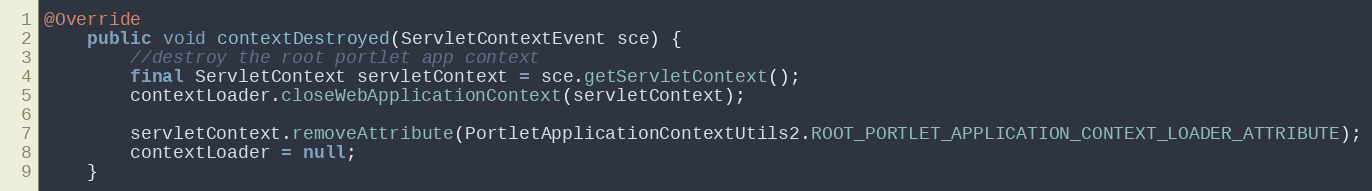
Language: Java
@Override
    public void contextDestroyed(ServletContextEvent sce) {
        //destroy the root portlet app context
        final ServletContext servletContext = sce.getServletContext();
        contextLoader.closeWebApplicationContext(servletContext);

        servletContext.removeAttribute(PortletApplicationContextUtils2.ROOT_PORTLET_APPLICATION_CONTEXT_LOADER_ATTRIBUTE);
        contextLoader = null;
    }